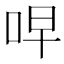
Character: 𫩭